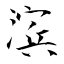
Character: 滨